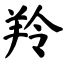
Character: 羚